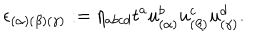
LaTeX: \epsilon _ { ( \alpha ) ( \beta ) ( \gamma ) } : = \eta _ { a b c d } t ^ { a } u _ { ( \alpha ) } ^ { b } u _ { ( \beta ) } ^ { c } u _ { ( \gamma ) } ^ { d } .